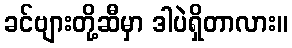
ခင်ဗျားတို့ဆီမှာ ဒါပဲရှိတာလား။